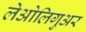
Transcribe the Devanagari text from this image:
लेओलिगुअर